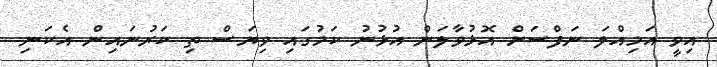
އިވީ އަމިއްލަ ނަފްސަށް އޮޅުވާލަން އުޅުނު ކަމުގައި ވިޔަސް ތި ކަރުނައިން އެކަނި